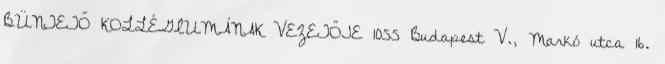
BÜNTETŐ KOLLÉGIUMÁNAK VEZETŐJE 1055 Budapest V., Markó utca 16.